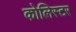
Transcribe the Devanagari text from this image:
कोलिस्टर